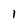
Character: 1